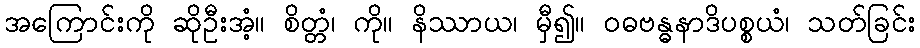
အကြောင်းကို ဆိုဦးအံ့။ စိတ္တံ၊ ကို။ နိဿာယ၊ မှီ၍။ ဝဓဗန္ဓနာဒိပစ္စယံ၊ သတ်ခြင်း